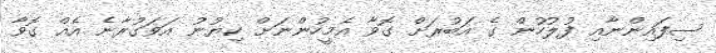
ސިފައިންނާއި ފުލުހުން ގެ އަބުރަށް ގޮވާ އެމީހުންނަށް ކިޔުނު އަވަގުރާނެ އެއް ގޮވާ